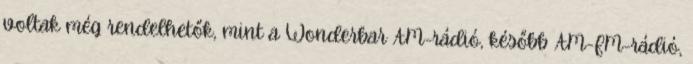
voltak még rendelhetők, mint a Wonderbar AM-rádió, később AM-FM-rádió,